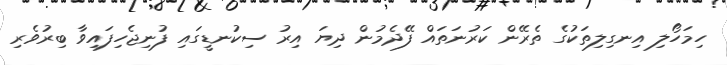
ހިމަހޯލި އިނގިލިތަކުގެ ތެރޭން ކަރުނަތައް ފޭދެމުން ދިޔަ އިރު ސިކުނޑީގައި ފުނިޖެހިފައިވާ ބިރުވެރި